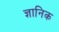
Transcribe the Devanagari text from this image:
ज्ञानिक